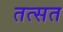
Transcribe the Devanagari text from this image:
तत्सत